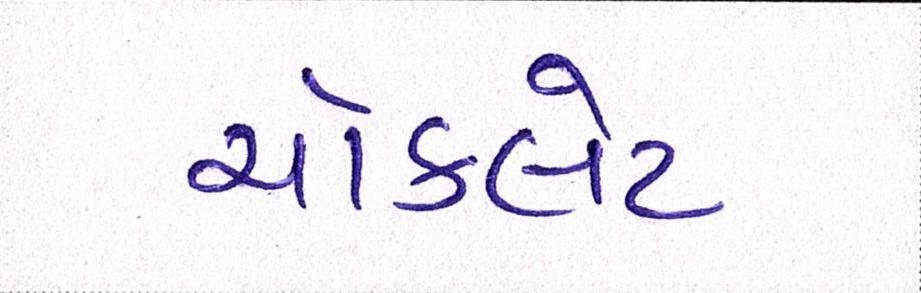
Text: ચૉકલેટ